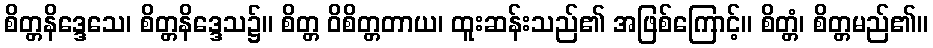
စိတ္တနိဒ္ဒေသေ၊ စိတ္တနိဒ္ဒေသ၌။ စိတ္တ ဝိစိတ္တတာယ၊ ထူးဆန်းသည်၏ အဖြစ်ကြောင့်။ စိတ္တံ၊ စိတ္တမည်၏။